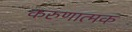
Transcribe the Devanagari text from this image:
करुणात्मक